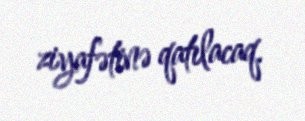
ziyafətinə qatılacaq.